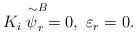
LaTeX: \begin{align*}K_i \stackrel{\sim}{\psi}_r^B = 0 ,~\varepsilon_r = 0 .\end{align*}